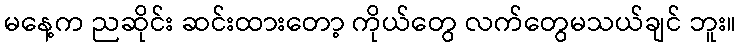
မနေ့က ညဆိုင်း ဆင်းထားတော့ ကိုယ်တွေ လက်တွေမသယ်ချင် ဘူး။